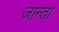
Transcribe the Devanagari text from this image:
जान्ता